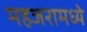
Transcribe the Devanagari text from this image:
महजरामध्ये